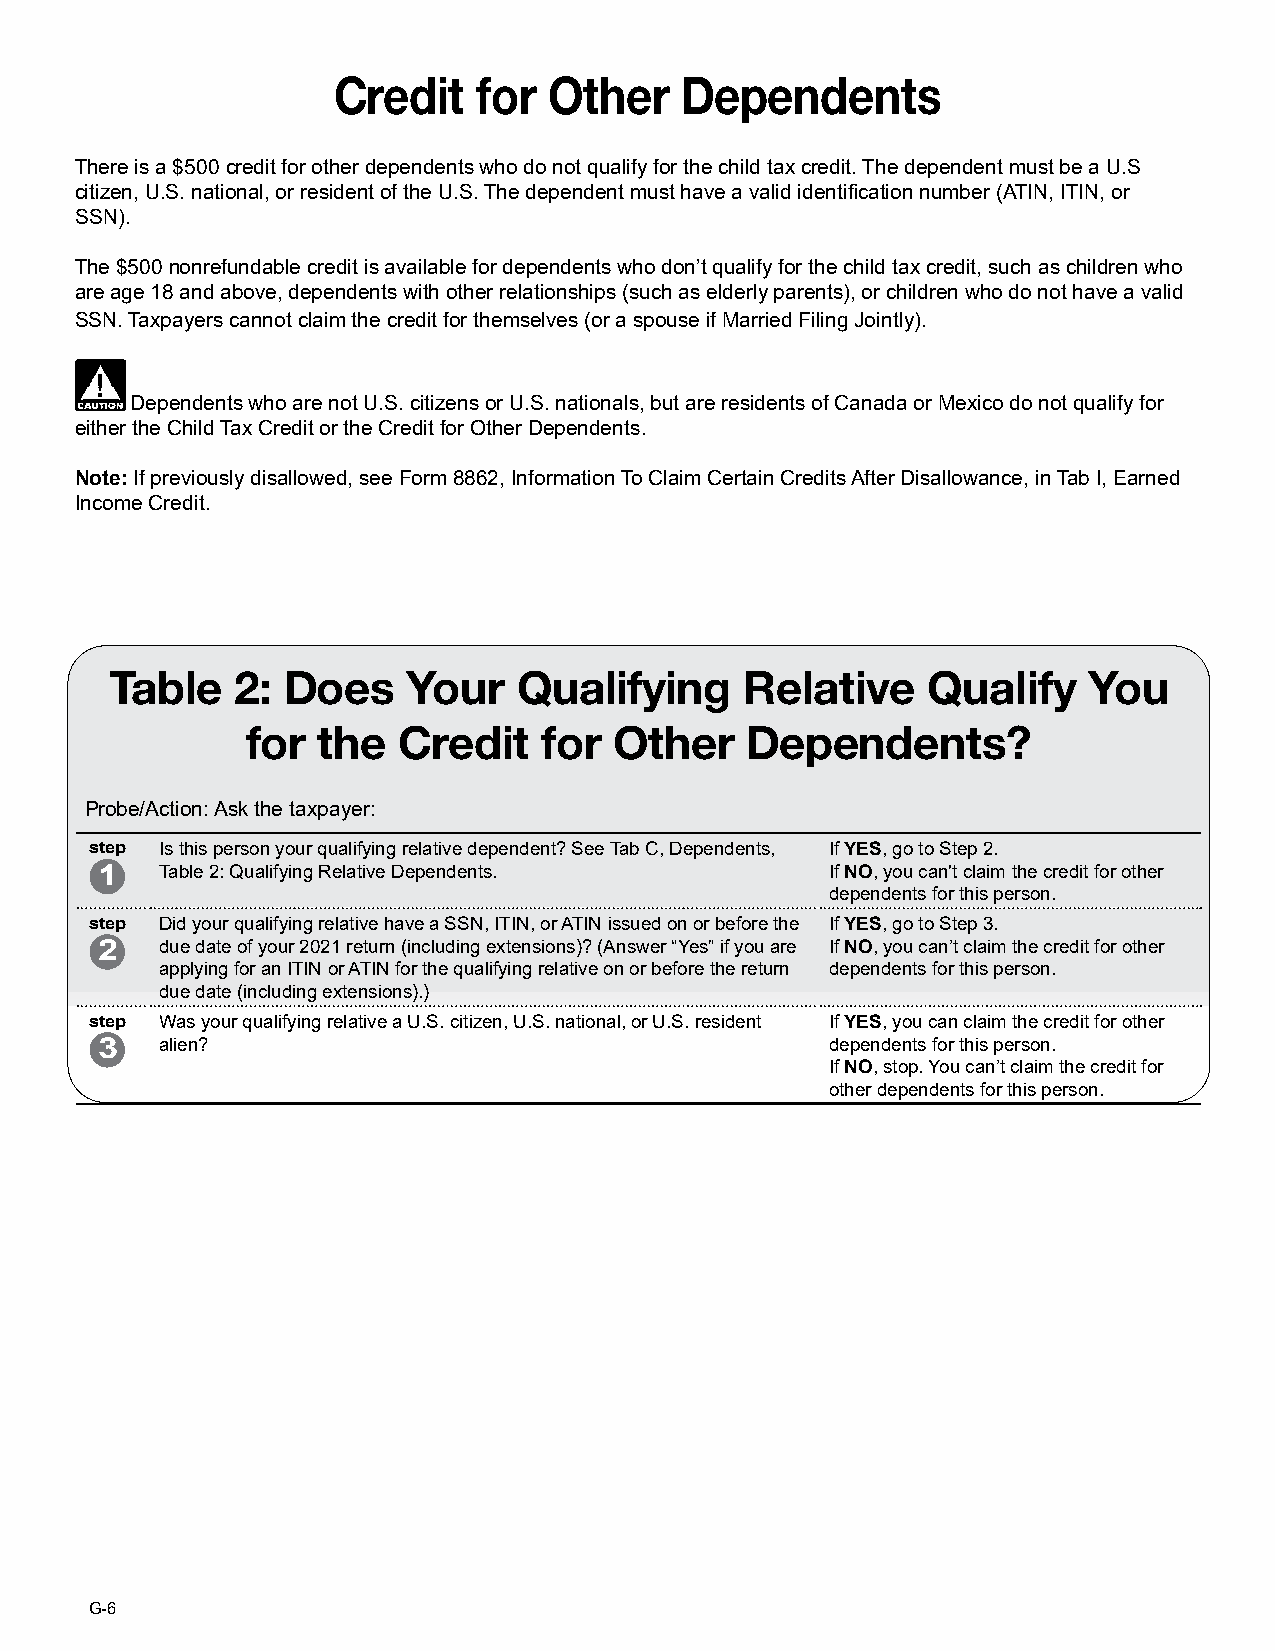
Credit    for Other    Dependents
 There is a $500 credit for other dependents who do not qualify for the child tax credit. The dependent must be a U.S
 citizen, U.S. national, or resident of the U.S. The dependent must have a valid identification number (ATIN, ITIN, or
 SSN).
 The $500 nonrefundable credit is available for dependents who don’t qualify for the child tax credit, such as children who
 are age 18 and above, dependents with other relationships (such as elderly parents), or children who do not have a valid
 SSN. Taxpayers cannot claim the credit for themselves (or a spouse if Married Filing Jointly).
 Dependents who are not U.S. citizens or U.S. nationals, but are residents of Canada or Mexico do not qualify for
 either the Child Tax Credit or the Credit for Other Dependents.
 Note: If previously disallowed, see Form 8862, Information To Claim Certain Credits After Disallowance, in Tab I, Earned
 Income Credit.
 Table   2:  Does    Your   Qualifying     Relative    Qualify    You
 for  the  Credit    for  Other   Dependents?
 Probe/Action: Ask the taxpayer:
 step Is this person your qualifying relative dependent? See Tab C, Dependents, If YES, go to Step 2.
 1    Table 2: Qualifying Relative Dependents.    If NO, you can't claim the credit for other
 dependents for this person.
 step Did your qualifying relative have a SSN, ITIN, or ATIN issued on or before the If YES, go to Step 3.
 2    due date of your 2021 return (including extensions)? (Answer “Yes” if you are If NO, you can’t claim the credit for other
 applying for an ITIN or ATIN for the qualifying relative on or before the return dependents for this person.
 due date (including extensions).)
 step Was your qualifying relative a U.S. citizen, U.S. national, or U.S. resident If YES, you can claim the credit for other
 3    alien?                                      dependents for this person.
 If NO, stop. You can’t claim the credit for
 other dependents for this person.
 G-6